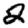
Digit: 2